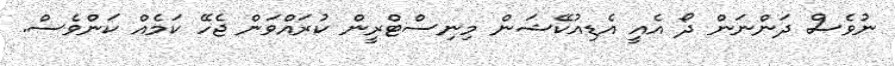
ނުވެސް ދަންނަން ދޯ އެއީ އެޑިއުކޭޝަން މިނިސްޓްރީން ކުރައްވަން ޖެހޭ ކަމެއް ކަންވެސް.